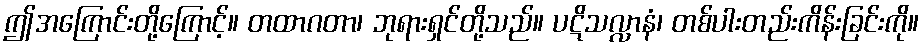
ဤအကြောင်းတို့ကြောင့်။ တထာဂတာ၊ ဘုရားရှင်တို့သည်။ ပဋိသလ္လာနံ၊ တစ်ပါးတည်းကိန်းခြင်းကို။